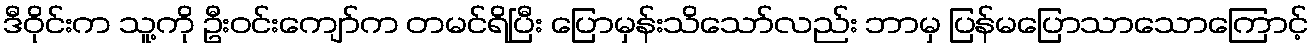
ဒီဝိုင်းက သူ့ကို ဦးဝင်းကျော်က တမင်ရိပြီး ပြောမှန်းသိသော်လည်း ဘာမှ ပြန်မပြောသာသောကြောင့်